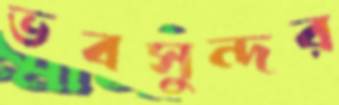
ভবসুন্দর